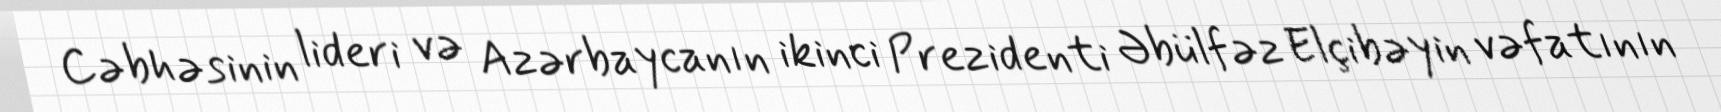
Cəbhəsinin lideri və Azərbaycanın ikinci Prezidenti Əbülfəz Elçibəyin vəfatının